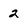
Character: 2